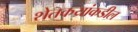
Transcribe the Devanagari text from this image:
शेतकय्रांकडील